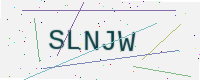
Text: SLNJW